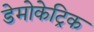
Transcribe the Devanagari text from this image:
डेमोकेट्रिक